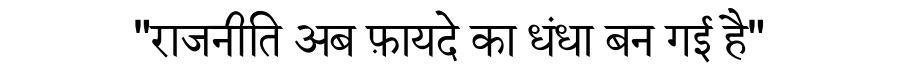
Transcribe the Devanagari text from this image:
"राजनीति अब फ़ायदे का धंधा बन गई है"